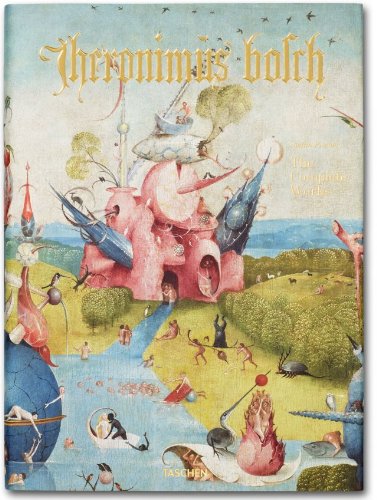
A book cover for Hieronymus Bosch: Complete Works; Stefan Fischer; Arts & Photography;